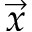
\vec { x }